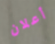
أعلان